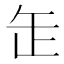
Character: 𦈢